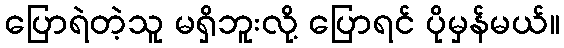
ပြောရဲတဲ့သူ မရှိဘူးလို့ ပြောရင် ပိုမှန်မယ်။